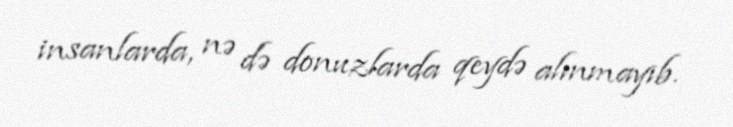
insanlarda, nə də donuzlarda qeydə alınmayıb.